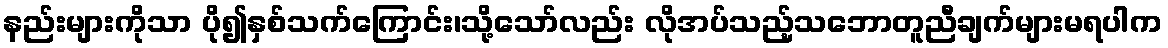
နည်းများကိုသာ ပို၍နှစ်သက်ကြောင်း၊သို့သော်လည်း လိုအပ်သည့်သဘောတူညီချက်များမရပါက